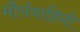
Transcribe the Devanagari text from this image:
मौर्यवाहिनी